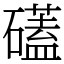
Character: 礚